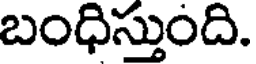
బంధిస్తుంది.